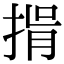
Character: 𢯇